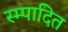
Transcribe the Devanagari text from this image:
स्म्पादित